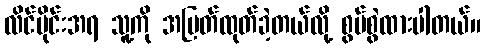
လိင်ပိုင်းအရ သူ့ကို အမြတ်ထုတ်ခဲ့တယ်လို့ စွပ်စွဲထားပါတယ်။